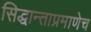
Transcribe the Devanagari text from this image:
सिद्धान्ताप्रमाणेच